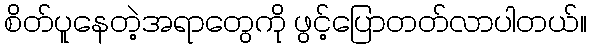
စိတ်ပူနေတဲ့အရာတွေကို ဖွင့်ပြောတတ်လာပါတယ်။